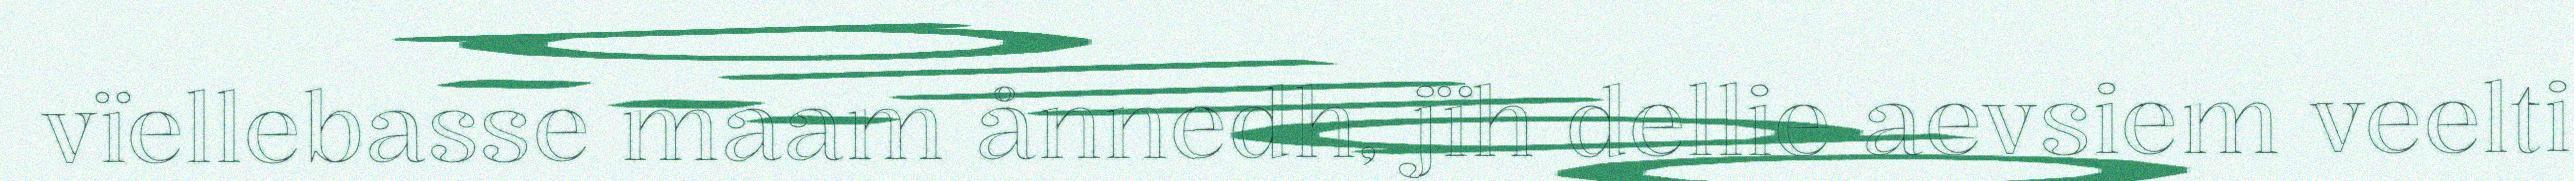
vïellebasse maam ånnedh, jïh dellie aevsiem veelti